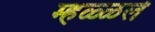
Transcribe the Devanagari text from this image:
म्हळ्ळले